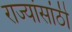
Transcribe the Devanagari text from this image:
राज्यांसांठी